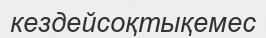
кездейсоқтықемес